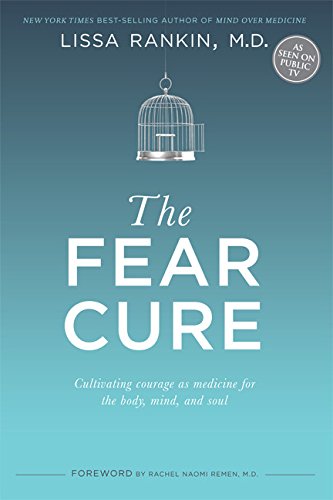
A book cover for The Fear Cure: Cultivating Courage as Medicine for the Body, Mind, and Soul; Lissa Rankin; Health, Fitness & Dieting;